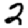
Digit: 2